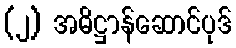
(၂) အဓိဋ္ဌာန်ဆောင်ပုဒ်